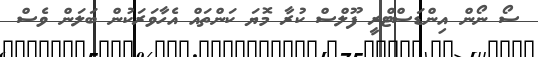
ސޯ ނޯން އިންޑަސްޓްރީ ފޫލްސް ކުރާ މޮޔަ ކަންތައް އެހާވަރަކުން ބަލަން ވެސް